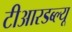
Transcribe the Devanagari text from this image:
टीआरडब्ल्यू